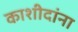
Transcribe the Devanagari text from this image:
काशीदांना